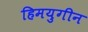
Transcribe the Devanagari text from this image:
हिमयुगीन